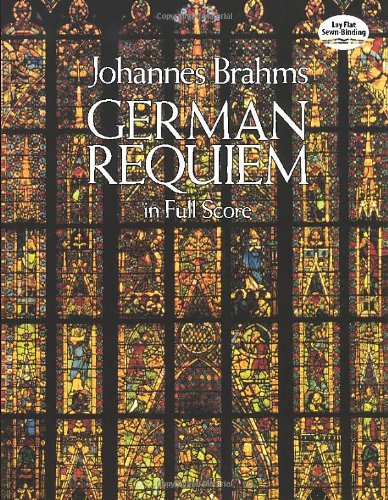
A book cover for German Requiem in Full Score; Johannes Brahms; Humor & Entertainment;